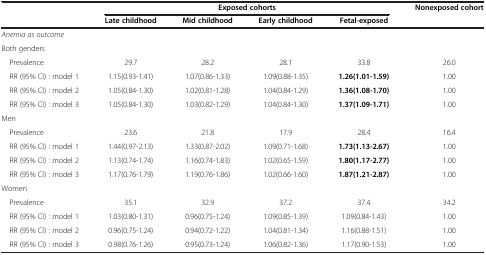
<table><thead><tr><td rowspan="2"><b> </b></td><td colspan="4"><b>Exposed cohorts</b></td><td><b>Nonexposed cohort</b></td></tr><tr><td><b>Late childhood</b></td><td><b>Mid childhood</b></td><td><b>Early childhood</b></td><td><b>Fetal-exposed</b></td><td><b> </b></td></tr></thead><tbody><tr><td><i>Anemia as outcome</i></td><td> </td><td> </td><td> </td><td> </td><td> </td></tr><tr><td>Both genders</td><td> </td><td> </td><td> </td><td> </td><td> </td></tr><tr><td> Prevalence</td><td>29.7</td><td>28.2</td><td>28.1</td><td>33.8</td><td>26.0</td></tr><tr><td> RR (95% CI) : model 1</td><td>1.15(0.93-1.41)</td><td>1.07(0.86-1.33)</td><td>1.09(0.88-1.35)</td><td><b>1.26(1.01-1.59)</b></td><td>1.00</td></tr><tr><td> RR (95% CI) : model 2</td><td>1.05(0.84-1.30)</td><td>1.02(0.81-1.28)</td><td>1.04(0.84-1.29)</td><td><b>1.36(1.08-1.70)</b></td><td>1.00</td></tr><tr><td> RR (95% CI) : model 3</td><td>1.05(0.84-1.30)</td><td>1.03(0.82-1.29)</td><td>1.04(0.84-1.30)</td><td><b>1.37(1.09-1.71)</b></td><td>1.00</td></tr><tr><td>Men</td><td> </td><td> </td><td> </td><td> </td><td> </td></tr><tr><td> Prevalence</td><td>23.6</td><td>21.8</td><td>17.9</td><td>28.4</td><td>16.4</td></tr><tr><td> RR (95% CI) : model 1</td><td>1.44(0.97-2.13)</td><td>1.33(0.87-2.02)</td><td>1.09(0.71-1.68)</td><td><b>1.73(1.13-2.67)</b></td><td>1.00</td></tr><tr><td> RR (95% CI) : model 2</td><td>1.13(0.74-1.74)</td><td>1.16(0.74-1.83)</td><td>1.02(0.65-1.59)</td><td><b>1.80(1.17-2.77)</b></td><td>1.00</td></tr><tr><td> RR (95% CI) : model 3</td><td>1.17(0.76-1.79)</td><td>1.19(0.76-1.86)</td><td>1.02(0.66-1.60)</td><td><b>1.87(1.21-2.87)</b></td><td>1.00</td></tr><tr><td>Women</td><td> </td><td> </td><td> </td><td> </td><td> </td></tr><tr><td> Prevalence</td><td>35.1</td><td>32.9</td><td>37.2</td><td>37.4</td><td>34.2</td></tr><tr><td> RR (95% CI) : model 1</td><td>1.03(0.80-1.31)</td><td>0.96(0.75-1.24)</td><td>1.09(0.85-1.39)</td><td>1.09(0.84-1.43)</td><td>1.00</td></tr><tr><td> RR (95% CI) : model 2</td><td>0.96(0.75-1.24)</td><td>0.94(0.72-1.22)</td><td>1.04(0.81-1.34)</td><td>1.16(0.88-1.51)</td><td>1.00</td></tr><tr><td> RR (95% CI) : model 3</td><td>0.98(0.76-1.26)</td><td>0.95(0.73-1.24)</td><td>1.06(0.82-1.36)</td><td>1.17(0.90-1.53)</td><td>1.00</td></tr></tbody></table>